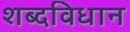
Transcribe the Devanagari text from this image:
शब्दविधान